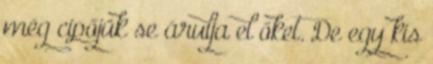
még cipőjük se árulja el őket. De egy kis